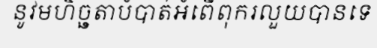
នូវមហិច្ឆតាបំបាត់អំពើពុករលួយបានទេ